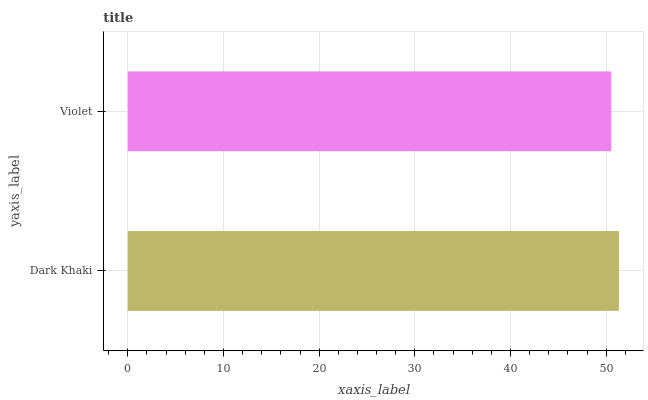
| yaxis_label | bars |
 | --- | --- |
 | Dark Khaki | 51.3 |
 | Violet | 50.5 |